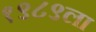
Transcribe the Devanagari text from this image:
१९८९ला